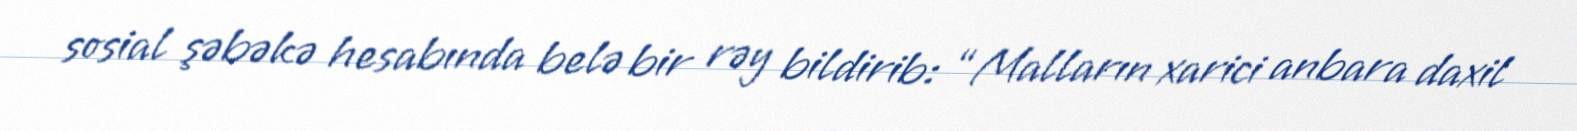
sosial şəbəkə hesabında belə bir rəy bildirib: “Malların xarici anbara daxil